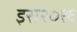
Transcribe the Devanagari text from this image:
इस२०१६